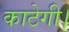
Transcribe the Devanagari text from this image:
काटेगी।